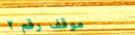
موقف رقم ٢